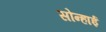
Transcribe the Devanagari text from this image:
सोन्हाई